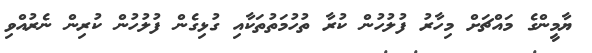
ޔާމީންގެ މައްޗަށް މިހާރު ފުލުހުން ކުރާ ތުހުމަތުތަކާއި ގުޅިގެން ފުލުހުން ކުރިން ނެރުއްވި